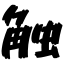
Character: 触